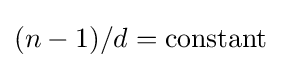
(n-1)/d=\mathrm {constant}